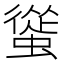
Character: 𧐱